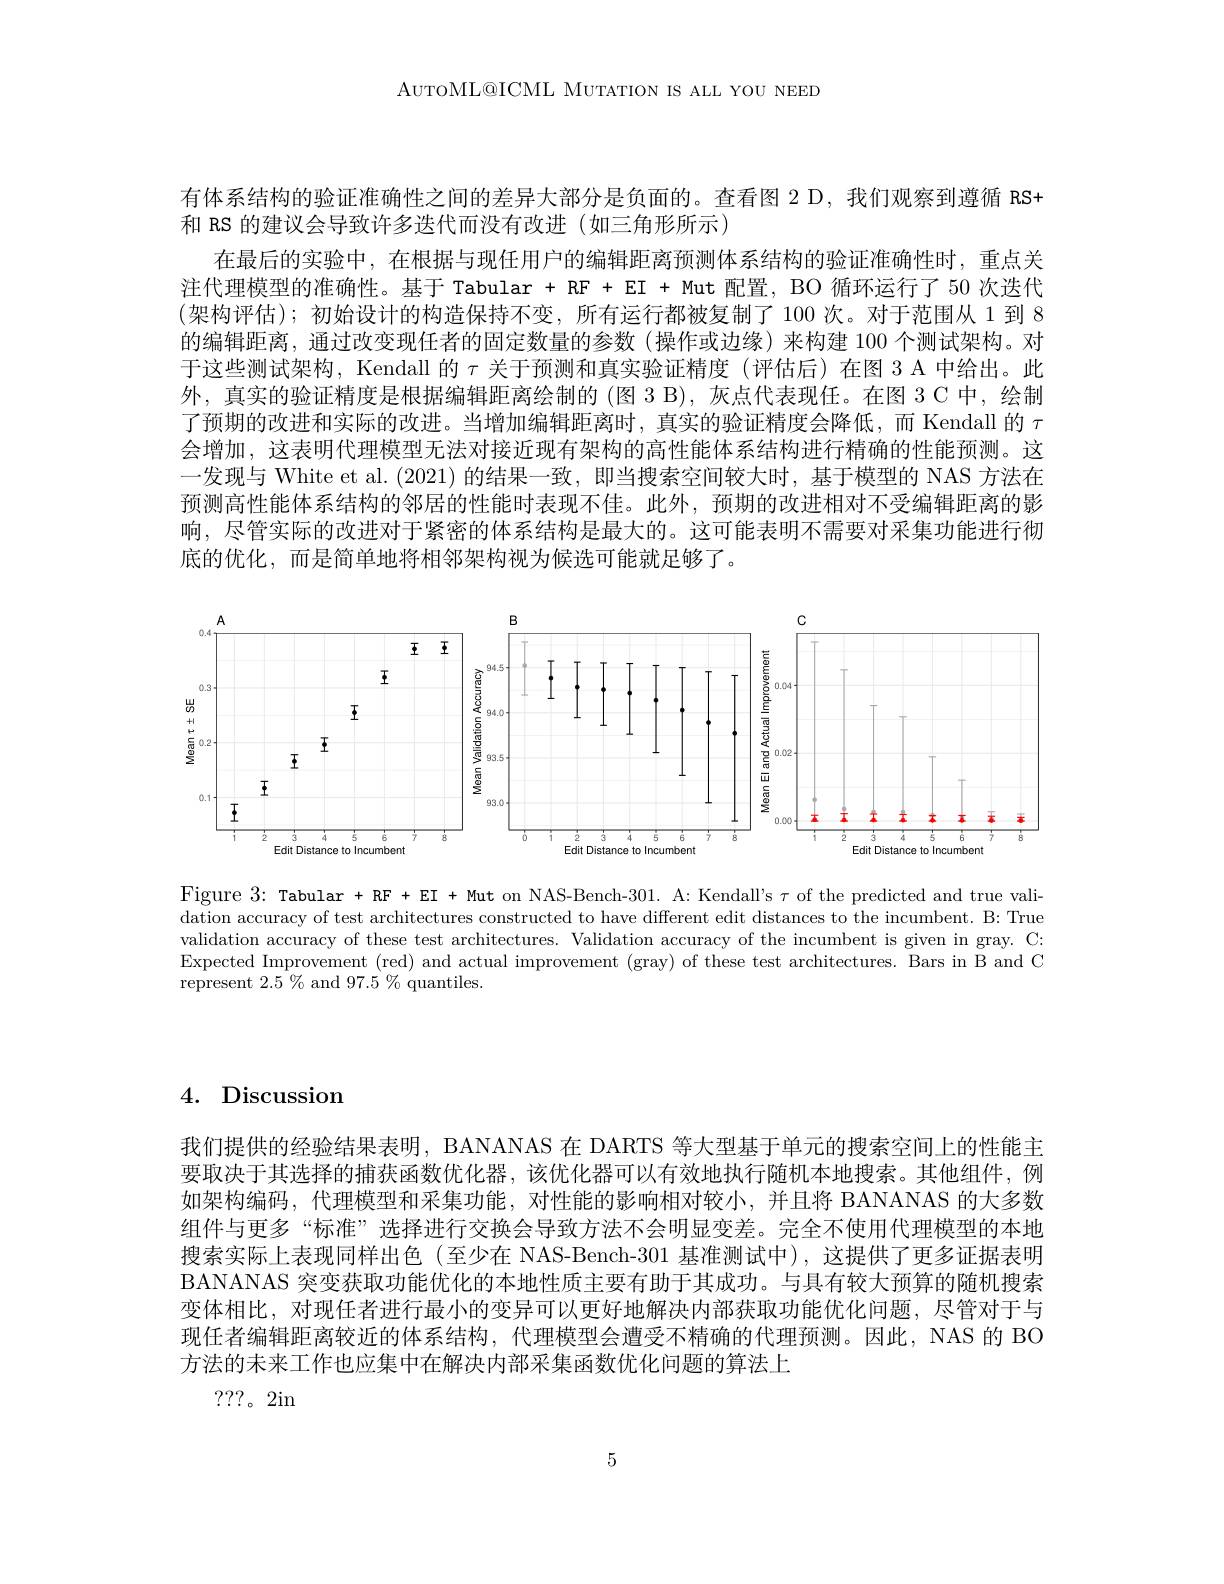
AUTOML@ICML MUTATION IS ALL YOU NEED

有体系结构的验证准确性之间的差异大部分是负面的。查看图 2 D, 我们观察到遵循 RS+
和 RS 的建议会导致许多迭代而没有改进 (如三角形所示)
在最后的实验中，在根据与现任用户的编辑距离预测体系结构的验证准确性时，重点关注代理模型的准确性。基于 Tabular + RF + EI + Mut 配置，BO 循环运行了 50 次迭代(架构评估);初始设计的构造保持不变，所有运行都被复制了 100 次。对于范围从 1 到 8的编辑距离，通过改变现任者的固定数量的参数(操作或边缘)来构建 100 个测试架构。对于这些测试架构，Kendall 的$\tau$关于预测和真实验证精度(评估后)在图 3 A 中给出。此外，真实的验证精度是根据编辑距离绘制的(图 3 B),灰点代表现任。在图 3 C 中，绘制了预期的改进和实际的改进。当增加编辑距离时，真实的验证精度会降低，而 Kendall 的$\tau$ 会增加，这表明代理模型尢法对接近现有架构的高性能体系结构进行精确的性能预测。这一发现与 White et al. (2021) 的结果一致，即当搜索空间较大时，基于模型的 NAS 方法在预测高性能体系结构的邻居的性能时表现不佳。此外，预期的改进相对不受编辑距离的影响，尽管实际的改进对于紧密的体系结构是最大的。这可能表明不需要对采集功能进行彻底的优化，而是简单地将相邻架构视为候选可能就足够了。

<FigureHere>

Figure 3: Tabular + RF + EI + Mut on NAS-Bench-301. A: Kendall's $\tau$ of the predicted and true validation accuracy of test architectures constructed to have different edit distances to the incumbent. B: True validation accuracy of these test architectures. Validation accuracy of the incumbent is given in gray. C: Expected Improvement (red) and actual improvement (gray) of these test architectures. Bars in B and C represent $2.5\%$ and $97.5\%$ quantiles

4. Discussion

我们提供的经验结果表明，BANANAS 在 DARTS 等大型基于单元的搜索空间上的性能主要取决于其选择的捕获函数优化器，该优化器可以有效地执行随机本地搜索。其他组件，例如架构编码，代理模型和采集功能，对性能的影响相对较小，并且将 BANANAS 的大多数组件与更多“标准”选择进行交换会导致方法不会明显变差。完全不使用代理模型的本地搜索实际上表现同样出色(至少在 NAS-Bench-301 基准测试中),这提供了更多证据表明BANANAS 突变获取功能优化的本地性质主要有助于其成功。与具有较大预算的随机搜索变体相比，对现任者进行最小的变异可以更好地解决内部获取功能优化问题，尽管对于与现任者编辑距离较近的体系结构，代理模型会遭受不精确的代理预测。因此，NAS 的 BO 方法的未来工作也应集中在解决内部采集函数优化问题的算法上
???。2in

5